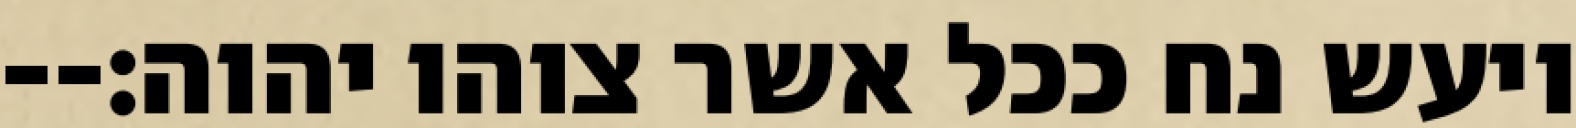
ויעש נח ככל אשר צוהו יהוה׃--